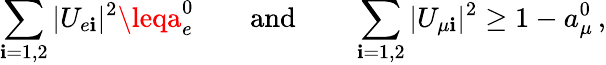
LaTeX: \sum_{\mathbf{i}=1,2}|U_{e\mathbf{i}}|^{2}\leqa_{e}^{0}\qquad\mathrm{{and}}\qquad\sum_{\mathbf{i}=1,2}|U_{{\mu}\mathbf{i}}|^{2}\geq1-a_{\mu}^{0}\, ,